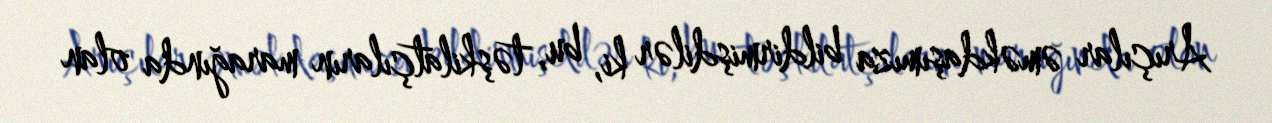
Arıçılar əməkdaşımıza bildirmişdilər ki, bu, təşkilatçıların marağında olan